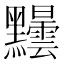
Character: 𪓂